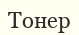
Тонер